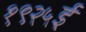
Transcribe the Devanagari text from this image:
१९२५ई